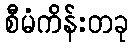
စီမံကိန်းတခု